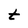
Character: t